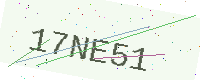
Text: 17NE51